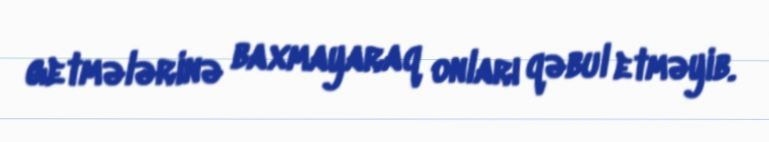
getmələrinə baxmayaraq onları qəbul etməyib.